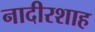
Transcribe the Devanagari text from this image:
नादीरशाह